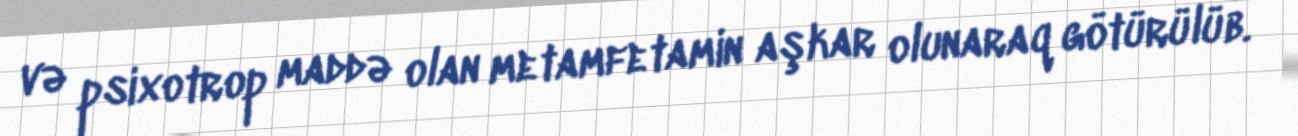
və psixotrop maddə olan metamfetamin aşkar olunaraq götürülüb.